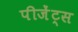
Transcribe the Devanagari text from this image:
पीजेंट्स